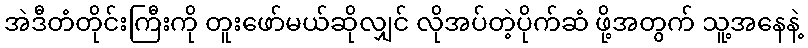
အဲဒီတံတိုင်းကြီးကို တူးဖော်မယ်ဆိုလျှင် လိုအပ်တဲ့ပိုက်ဆံ ဖို့အတွက် သူ့အနေနဲ့